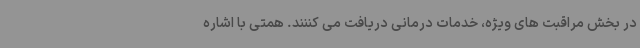
در بخش مراقبت های ویژه، خدمات درمانی دریافت می کننند. همتی با اشاره